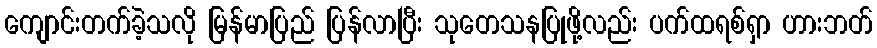
ကျောင်းတက်ခဲ့သလို မြန်မာပြည် ပြန်လာပြီး သုတေသနပြုဖို့လည်း ပက်ထရစ်ရှာ ဟားဘတ်